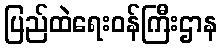
ပြည်ထဲရေးဝန်ကြီးဌာန